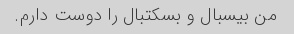
من بیسبال و بسکتبال را دوست دارم.